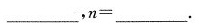
___$$,$$n = ___$$.